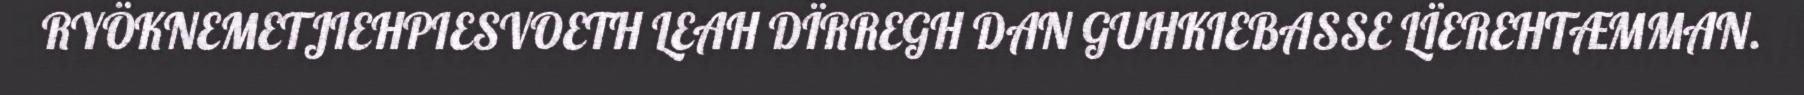
RYÖKNEMETJIEHPIESVOETH LEAH DÏRREGH DAN GUHKIEBASSE LÏEREHTÆMMAN.